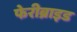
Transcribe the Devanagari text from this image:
फेरीब्राइड